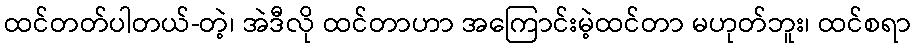
ထင်တတ်ပါတယ်-တဲ့၊ အဲဒီလို ထင်တာဟာ အကြောင်းမဲ့ထင်တာ မဟုတ်ဘူး၊ ထင်စရာ